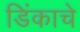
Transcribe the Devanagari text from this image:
डिंकाचे